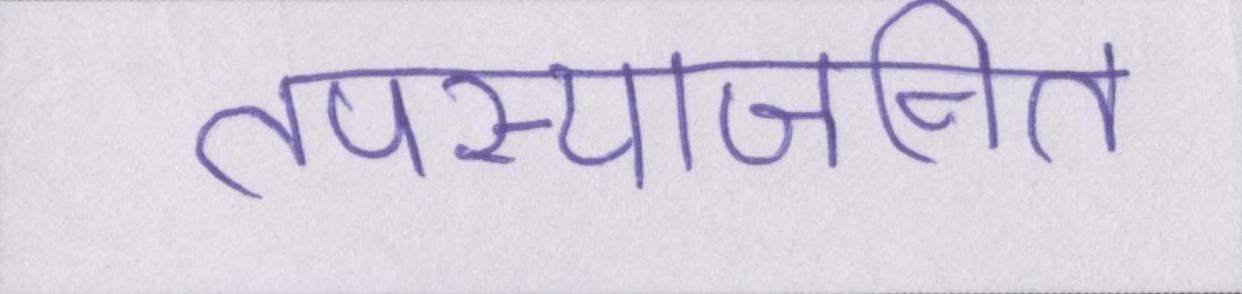
तपस्याजनित